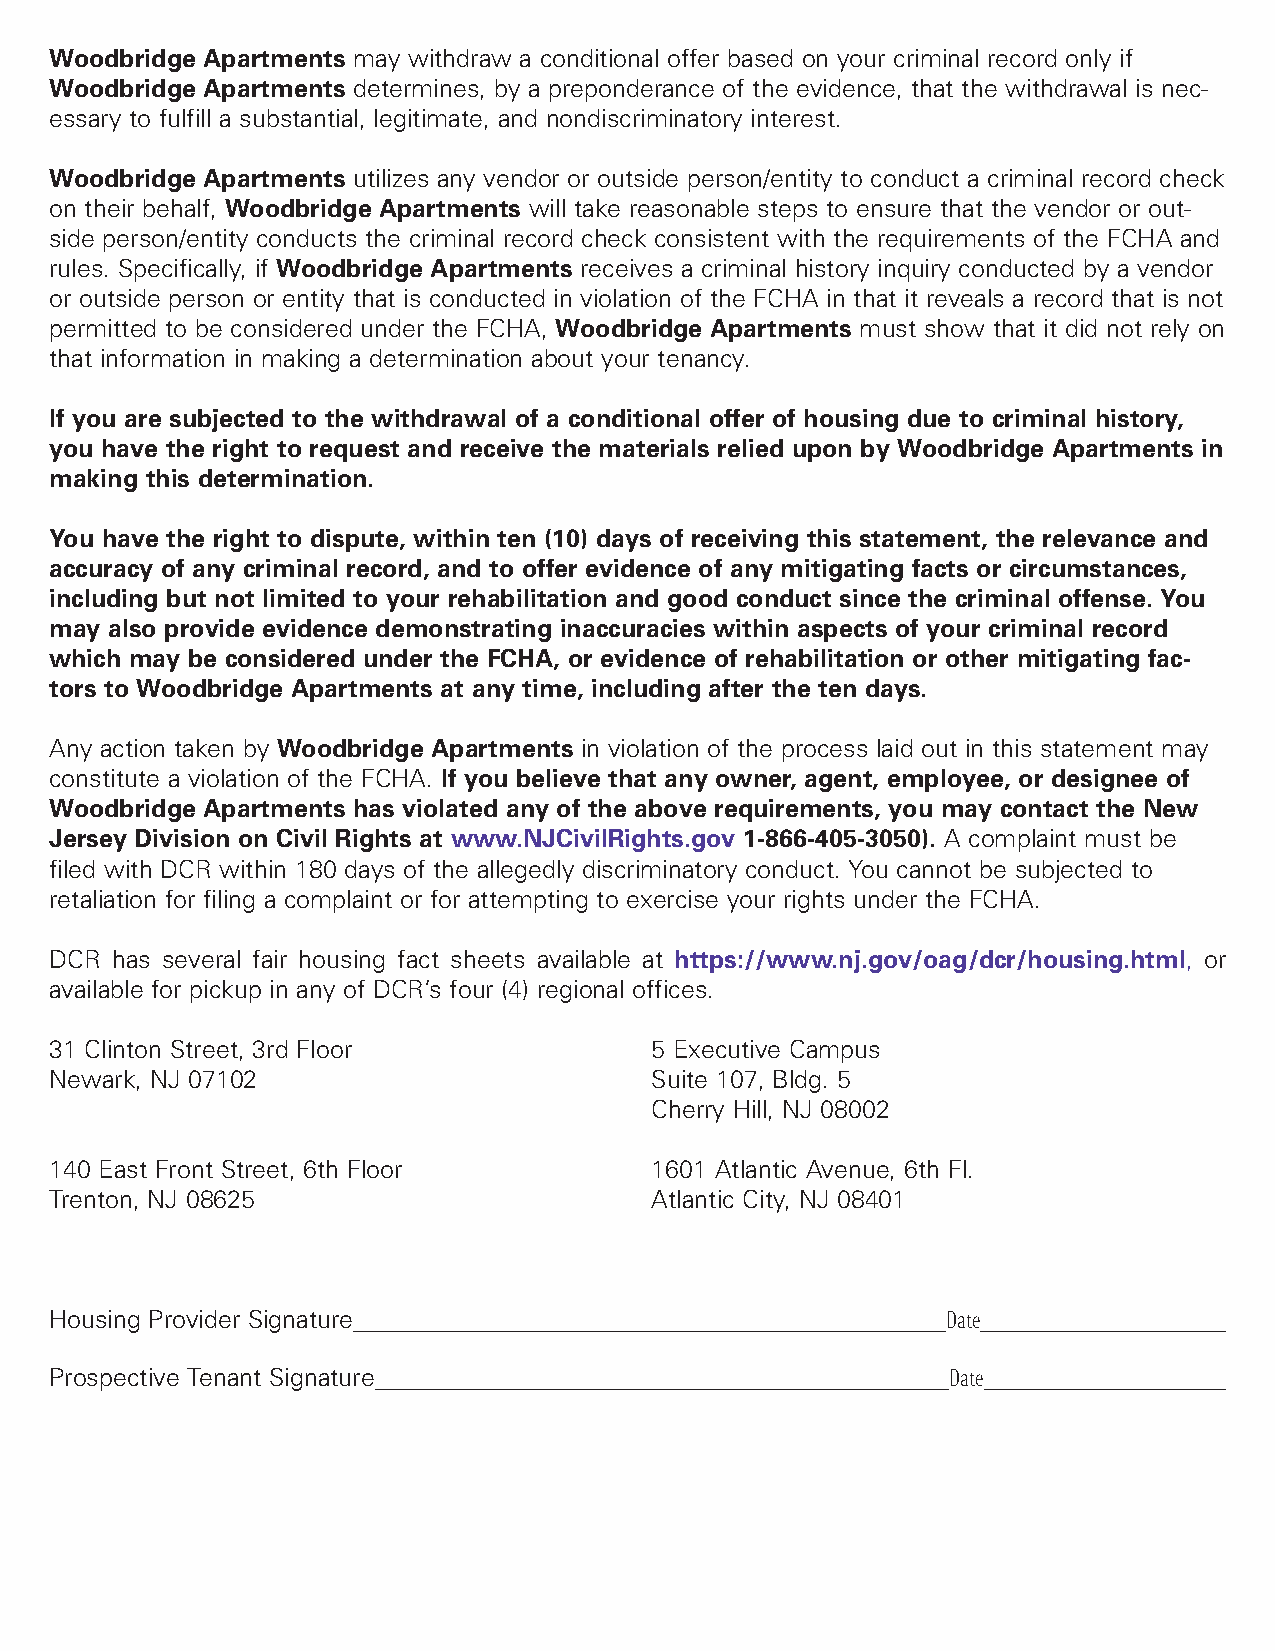
Woodbridge Apartments may withdraw a conditional offer based on your criminal record only if
 Woodbridge Apartments determines, by a preponderance of the evidence, that the withdrawal is nec-
 essary to fulfill a substantial, legitimate, and nondiscriminatory interest.
 Woodbridge Apartments utilizes any vendor or outside person/entity to conduct a criminal record check
 on their behalf, Woodbridge Apartments will take reasonable steps to ensure that the vendor or out-
 side person/entity conducts the criminal record check consistent with the requirements of the FCHA and
 rules. Specifically, if Woodbridge Apartments receives a criminal history inquiry conducted by a vendor
 or outside person or entity that is conducted in violation of the FCHA in that it reveals a record that is not
 permitted to be considered under the FCHA, Woodbridge Apartments must show that it did not rely on
 that information in making a determination about your tenancy.
 If you are subjected to the withdrawal of a conditional offer of housing due to criminal history,
 you have the right to request and receive the materials relied upon by Woodbridge Apartments in
 making this determination.
 You have the right to dispute, within ten (10) days of receiving this statement, the relevance and
 accuracy of any criminal record, and to offer evidence of any mitigating facts or circumstances,
 including but not limited to your rehabilitation and good conduct since the criminal offense. You
 may also provide evidence demonstrating inaccuracies within aspects of your criminal record
 which may be considered under the FCHA, or evidence of rehabilitation or other mitigating fac-
 tors to Woodbridge Apartments at any time, including after the ten days.
 Any action taken by Woodbridge Apartments in violation of the process laid out in this statement may
 constitute a violation of the FCHA. If you believe that any owner, agent, employee, or designee of
 Woodbridge Apartments has violated any of the above requirements, you may contact the New
 Jersey Division on Civil Rights at www.NJCivilRights.gov 1-866-405-3050). A complaint must be
 filed with DCR within 180 days of the allegedly discriminatory conduct. You cannot be subjected to
 retaliation for filing a complaint or for attempting to exercise your rights under the FCHA.
 DCR has several fair housing fact sheets available at https://www.nj.gov/oag/dcr/housing.html, or
 available for pickup in any of DCR’s four (4) regional offices.
 31 Clinton Street, 3rd Floor            5 Executive Campus
 Newark, NJ 07102                        Suite 107, Bldg. 5
 Cherry Hill, NJ 08002
 140 East Front Street, 6th Floor        1601 Atlantic Avenue, 6th Fl.
 Trenton, NJ 08625                       Atlantic City, NJ 08401
 Housing Provider Signature                                  Date
 Prospective Tenant Signature                                Date